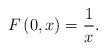
LaTeX: \begin{align*}F\left( 0,x\right) =\frac{1}{x}.\end{align*}